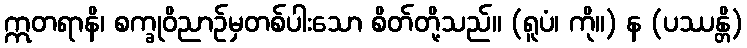
ဣတရာနိ၊ စက္ခုဝိညာဉ်မှတစ်ပါးသော စိတ်တို့သည်။ (ရူပံ၊ ကို။) န (ပဿန္တိ)